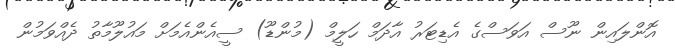
އޮންލައިން ނޫސް އަވަސްގެ އެޑިޓަރު އާދަމް ހަލީމް (މުންޑޫ) ސީއެންއެމަށް މައުލޫމާތު ދެއްވަމުން